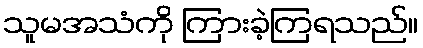
သူမအသံကို ကြားခဲ့ကြရသည်။